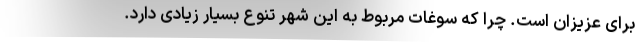
برای عزیزان است. چرا که سوغات مربوط به این شهر تنوع بسیار زیادی دارد.